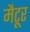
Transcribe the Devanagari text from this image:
मैटूर